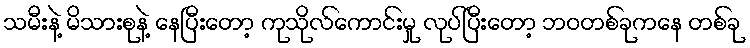
သမီးနဲ့ မိသားစုနဲ့ နေပြီးတော့ ကုသိုလ်ကောင်းမှု လုပ်ပြီးတော့ ဘဝတစ်ခုကနေ တစ်ခု